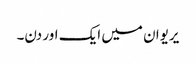
یریوان میں ایک اور دن۔